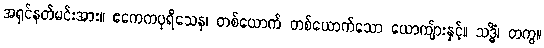
အရှင်နတ်မင်းအား။ ဧကေကပုရိသေန၊ တစ်ယောက် တစ်ယောက်သော ယောကျ်ားနှင့်။ သဒ္ဓိံ၊ တကွ။